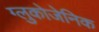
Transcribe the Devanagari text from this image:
ग्लुकोजेनिक